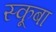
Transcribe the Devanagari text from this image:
स्‍कूबा